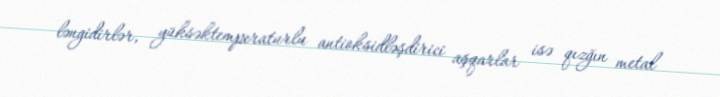
ləngidirlər, yüksəktemperaturlu antioksidləşdirici aşqarlar isə qızğın metal